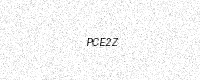
Text: PCE2Z